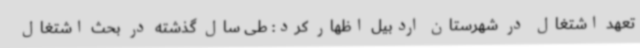
تعهد اشتغال در شهرستان اردبیل اظهار کرد: طی سال گذشته در بحث اشتغال